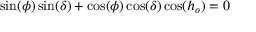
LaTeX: \sin ( \phi ) \sin ( \delta ) + \cos ( \phi ) \cos ( \delta ) \cos ( h _ { o } ) = 0